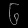
Digit: ၆